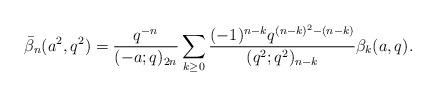
LaTeX: \begin{align*}\bar{\beta}_n(a^2,q^2)=\frac{q^{-n}}{(-a;q)_{2n}}\sum_{k\ge0}\frac{(-1)^{n-k}q^{(n-k)^2-(n-k)}}{(q^2;q^2)_{n-k}}\beta_k(a,q).\end{align*}